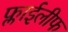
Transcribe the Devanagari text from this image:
फ्लाईलीफ